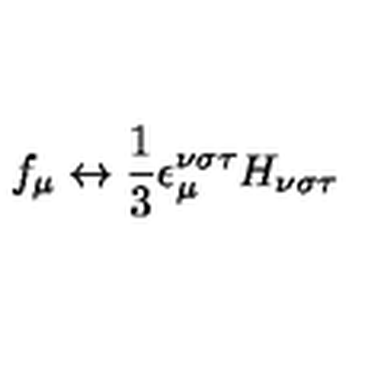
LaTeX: f _ { \mu } \leftrightarrow \frac { 1 } { 3 } \epsilon _ { \mu } ^ { \nu \sigma \tau } H _ { \nu \sigma \tau }